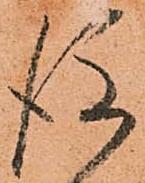
後